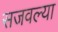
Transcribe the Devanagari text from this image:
सजवल्या